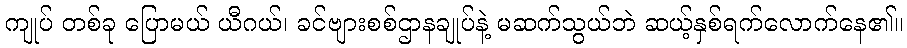
ကျုပ် တစ်ခု ပြောမယ် ယီဂယ်၊ ခင်ဗျားစစ်ဌာနချုပ်နဲ့ မဆက်သွယ်ဘဲ ဆယ့်နှစ်ရက်လောက်နေ၏။